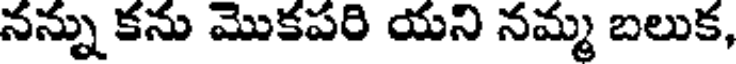
నన్ను కను మొకపరి యని నమ్మ బలుక,